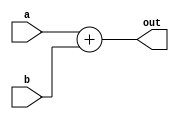
module bit_adder (output reg [7:0] out, input [7:0] a, b);
    always @(a, b) begin
        out = a + b;
    end
endmodule